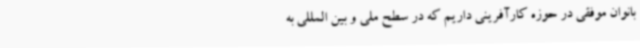
بانوان موفقی در حوزه کارآفرینی داریم که در سطح ملی و بین المللی به